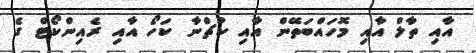
އާއި ތާލް އާއި މޮހައްބަތޭން އާއި ކުޗްނާ ކަހޯ އާއި ރެއިންކޯޓް ގެ